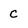
Character: C